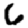
Digit: 6